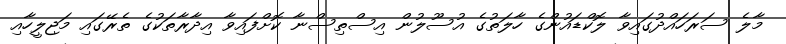
މާލެ ސަރަހައްދުގައިވާ ލޮކްޑައުންގެ ހާލަތުގެ އުސޫލުން އިސްތިސްނާ ކޮށްފައިވާ އިދާރާތަކުގެ ތެރޭގައި މަޖިލީހާއި